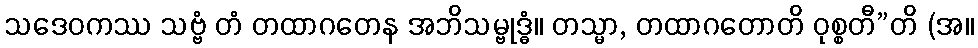
သဒေဝကဿ သဗ္ဗံ တံ တထာဂတေန အဘိသမ္ဗုဒ္ဓံ။ တသ္မာ, တထာဂတောတိ ဝုစ္စတီ”တိ (အ။